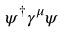
\psi ^ { \dagger } \gamma ^ { \mu } \psi